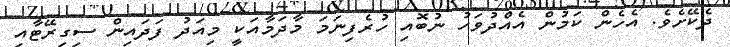
ދެކޭށެވެ. އެހެން ކަމުން އެއްދުވަހު ނުބޮއި ހުރެފިނަމަ މާދަމާއަކީ މިއަދު ފަދައިން ސިގިރޭޓާއި